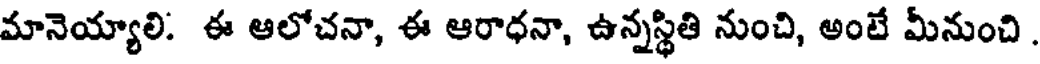
మానెయ్యాలి. ఈ ఆలోచనా, ఈ ఆరాధనా, ఉన్నస్థితి నుంచి, అంటే మీనుంచి.